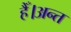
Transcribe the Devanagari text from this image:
हैँ।अन्त